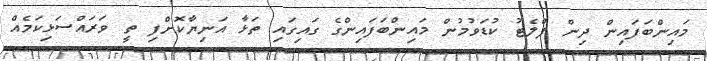
މައިންބަފައިން ދިން ފްލެޓު ކުޑަވުމުން މައިންބަފައިންގެ ގައިގައި ތަޅާ އަނިޔާކޮށްފި ތީ ވަރައްސަޅިކަމެއް